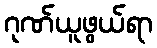
ဂုဏ်ယူဖွယ်ရာ